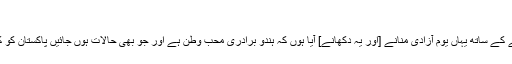
"
انہوں نے کہا، "میں اپنے پوتے کے ساتھ یہاں یومِ آزادی منانے [اور یہ دکھانے] آیا ہوں کہ ہندو برادری محبِ وطن ہے اور جو بھی حالات ہوں جائیں پاکستان کو کبھی چھوڑ کر نہیں جائے گی۔